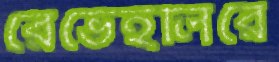
রেভেইলিরে